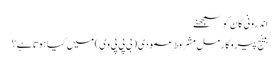
اندرونی کان کو سمجھنے
بینج پیروکارمل مشروط عمودی (بی پی پی وی) میں کیا ہوتا ہے؟